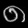
Digit: ၈